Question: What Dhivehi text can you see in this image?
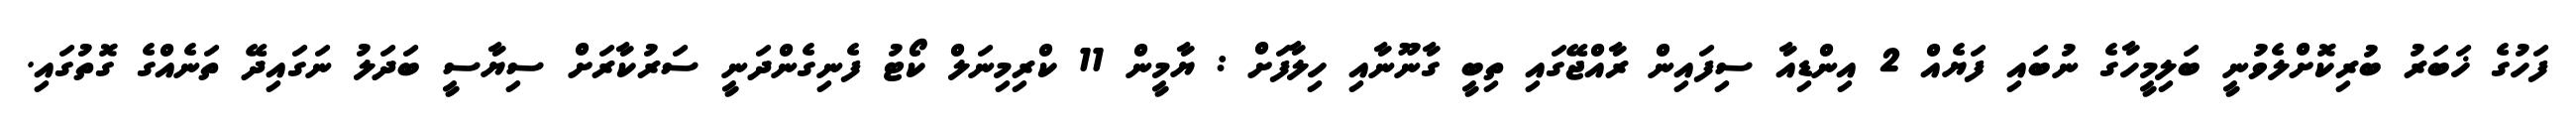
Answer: ފަހުގެ ޚަބަރު ބުރިކޮށްލެވުނީ ބަލިމީހާގެ ނުބައި ފަޔެއް 2 އިންޑިއާ ސިފައިން ރާއްޖޭގައި ތިބީ ގާނޫނާއި ހިލާފަށް : ޔާމީން 11 ކްރިމިނަލް ކޯޓު ފެނިގެންދަނީ ސަރުކާރަށް ސިޔާސީ ބަދަލު ނަގައިދޭ ތަނެއްގެ ގޮތުގައި.